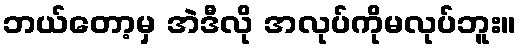
ဘယ်တော့မှ အဲဒီလို အလုပ်ကိုမလုပ်ဘူး။